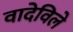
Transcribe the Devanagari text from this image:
वादेविले